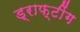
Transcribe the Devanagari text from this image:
ड्राफ्टींग